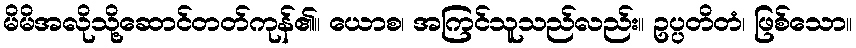
မိမိအလိုသို့ဆောင်တတ်ကုန်၏။ ယောစ၊ အကြင်သူသည်လည်း။ ဥပ္ပတိတံ၊ ဖြစ်သော။